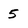
Character: 5